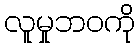
လူမှုဘဝကို